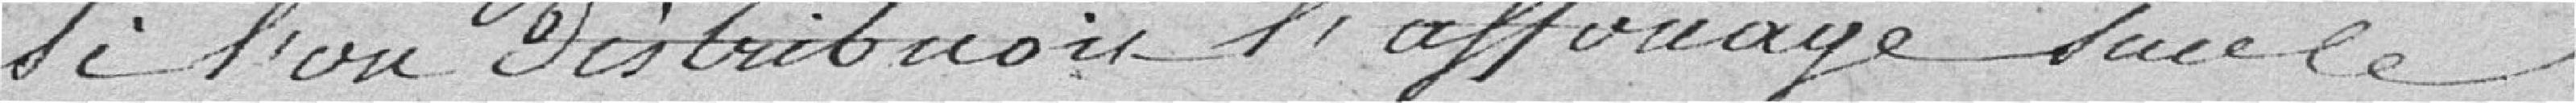
si l'on distribuait l'affouage sur le-